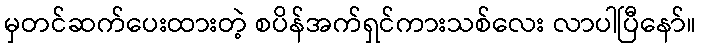
မှတင်ဆက်ပေးထားတဲ့ စပိန်အက်ရှင်ကားသစ်လေး လာပါပြီနော်။